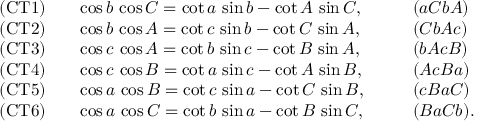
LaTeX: \begin{array} { l l l } { { \mathrm { ( C T 1 ) } } \quad } & { \cos b \, \cos C = \cot a \, \sin b - \cot A \, \sin C , \qquad } & { ( a C b A ) } \\ { { \mathrm { ( C T 2 ) } } } & { \cos b \, \cos A = \cot c \, \sin b - \cot C \, \sin A , } & { ( C b A c ) } \\ { { \mathrm { ( C T 3 ) } } } & { \cos c \, \cos A = \cot b \, \sin c - \cot B \, \sin A , } & { ( b A c B ) } \\ { { \mathrm { ( C T 4 ) } } } & { \cos c \, \cos B = \cot a \, \sin c - \cot A \, \sin B , } & { ( A c B a ) } \\ { { \mathrm { ( C T 5 ) } } } & { \cos a \, \cos B = \cot c \, \sin a - \cot C \, \sin B , } & { ( c B a C ) } \\ { { \mathrm { ( C T 6 ) } } } & { \cos a \, \cos C = \cot b \, \sin a - \cot B \, \sin C , } & { ( B a C b ) . } \end{array}